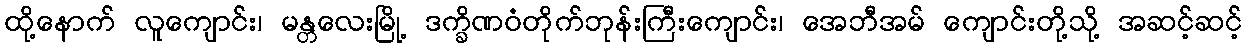
ထို့နောက် လူကျောင်း၊ မန္တလေးမြို့ ဒက္ခိဏဝံတိုက်ဘုန်းကြီးကျောင်း၊ အေဘီအမ် ကျောင်းတို့သို့ အဆင့်ဆင့်